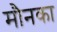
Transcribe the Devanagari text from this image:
मौनका